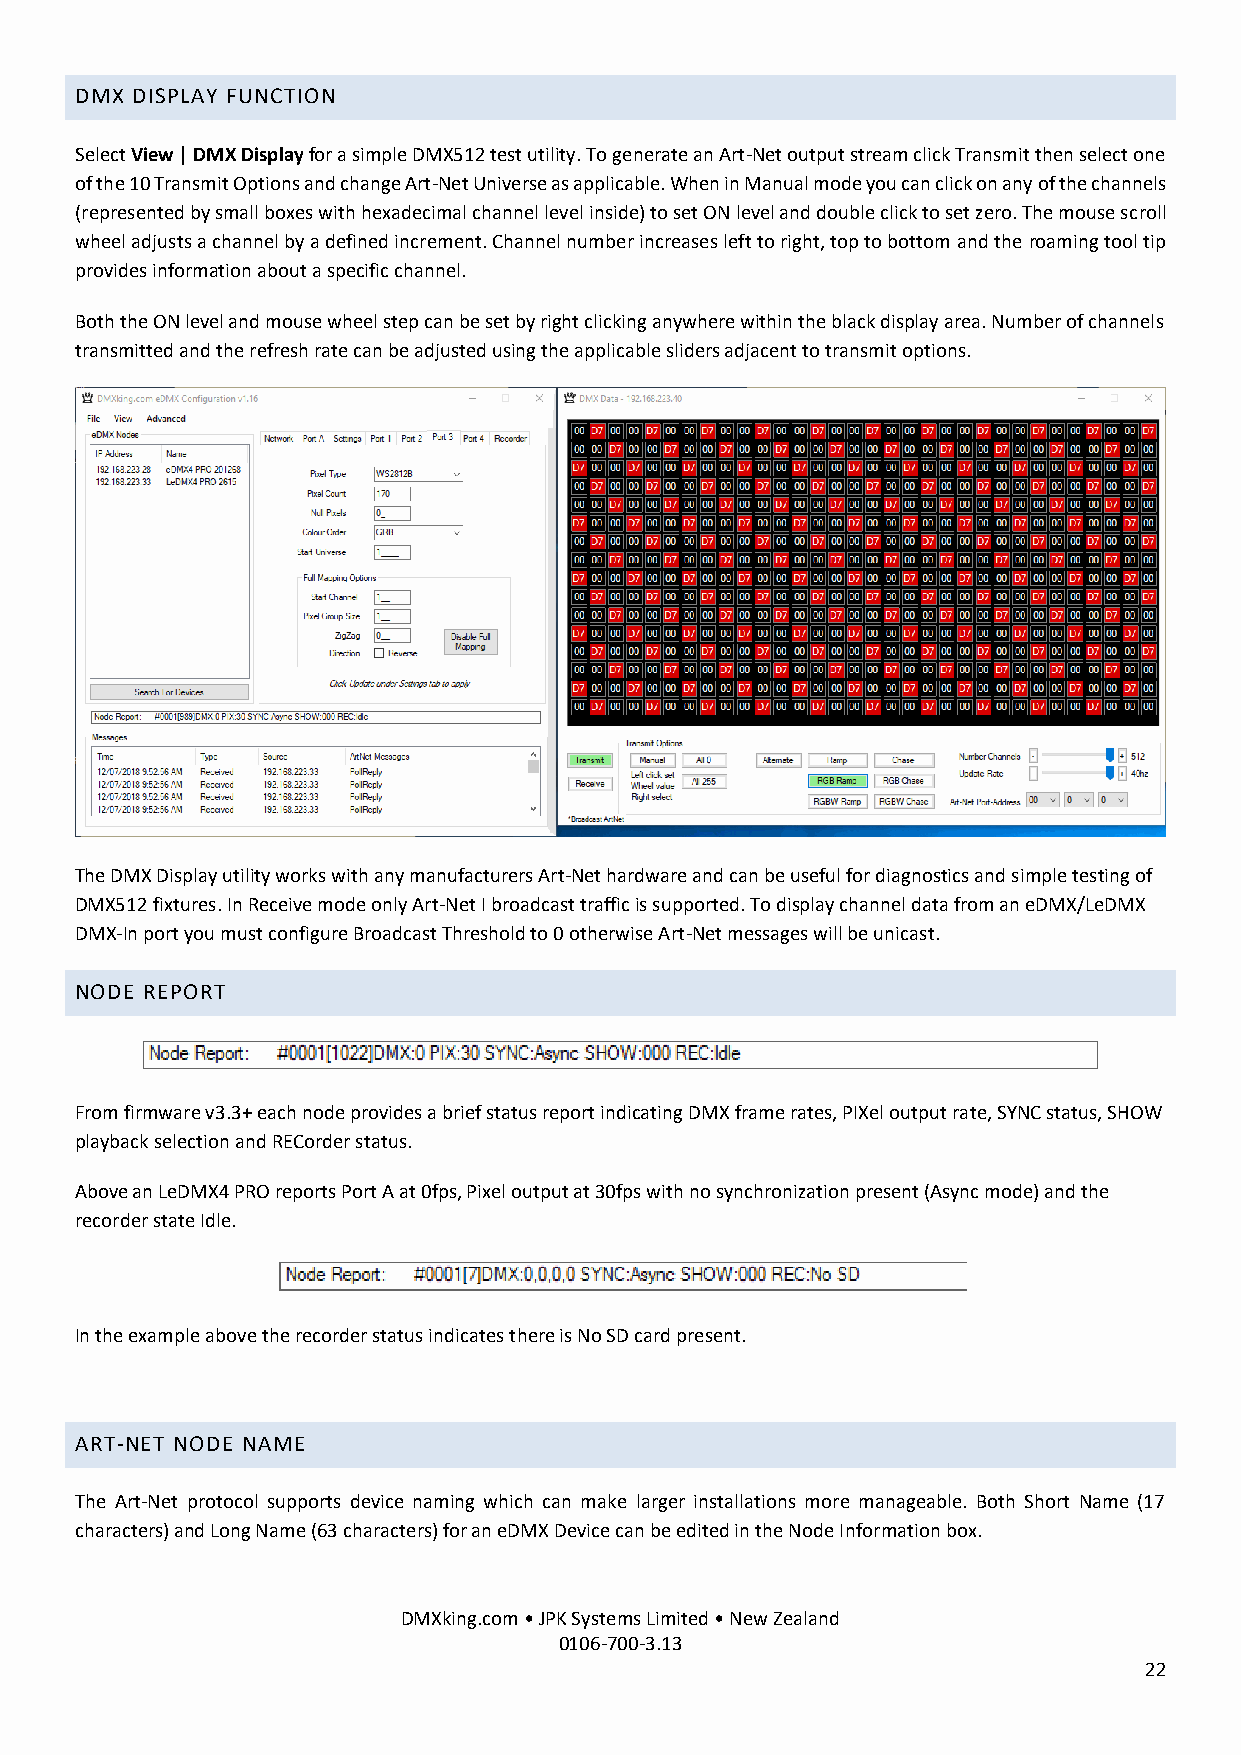
DMX DISPLAY FUNCTION
 Select View | DMX Display for a simple DMX512 test utility. To generate an Art-Net output stream click Transmit then select one
 of the 10 Transmit Options and change Art-Net Universe as applicable. When in Manual mode you can click on any of the channels
 (represented by small boxes with hexadecimal channel level inside) to set ON level and double click to set zero. The mouse scroll
 wheel adjusts a channel by a defined increment. Channel number increases left to right, top to bottom and the roaming tool tip
 provides information about a specific channel.
 Both the ON level and mouse wheel step can be set by right clicking anywhere within the black display area. Number of channels
 transmitted and the refresh rate can be adjusted using the applicable sliders adjacent to transmit options.
 The DMX Display utility works with any manufacturers Art-Net hardware and can be useful for diagnostics and simple testing of
 DMX512 fixtures. In Receive mode only Art-Net I broadcast traffic is supported. To display channel data from an eDMX/LeDMX
 DMX-In port you must configure Broadcast Threshold to 0 otherwise Art-Net messages will be unicast.
 NODE REPORT
 From firmware v3.3+ each node provides a brief status report indicating DMX frame rates, PIXel output rate, SYNC status, SHOW
 playback selection and RECorder status.
 Above an LeDMX4 PRO reports Port A at 0fps, Pixel output at 30fps with no synchronization present (Async mode) and the
 recorder state Idle.
 In the example above the recorder status indicates there is No SD card present.
 ART-NET NODE NAME
 The Art-Net protocol supports device naming which can make larger installations more manageable. Both Short Name (17
 characters) and Long Name (63 characters) for an eDMX Device can be edited in the Node Information box.
 DMXking.com • JPK Systems Limited • New Zealand
 0106-700-3.13
 22